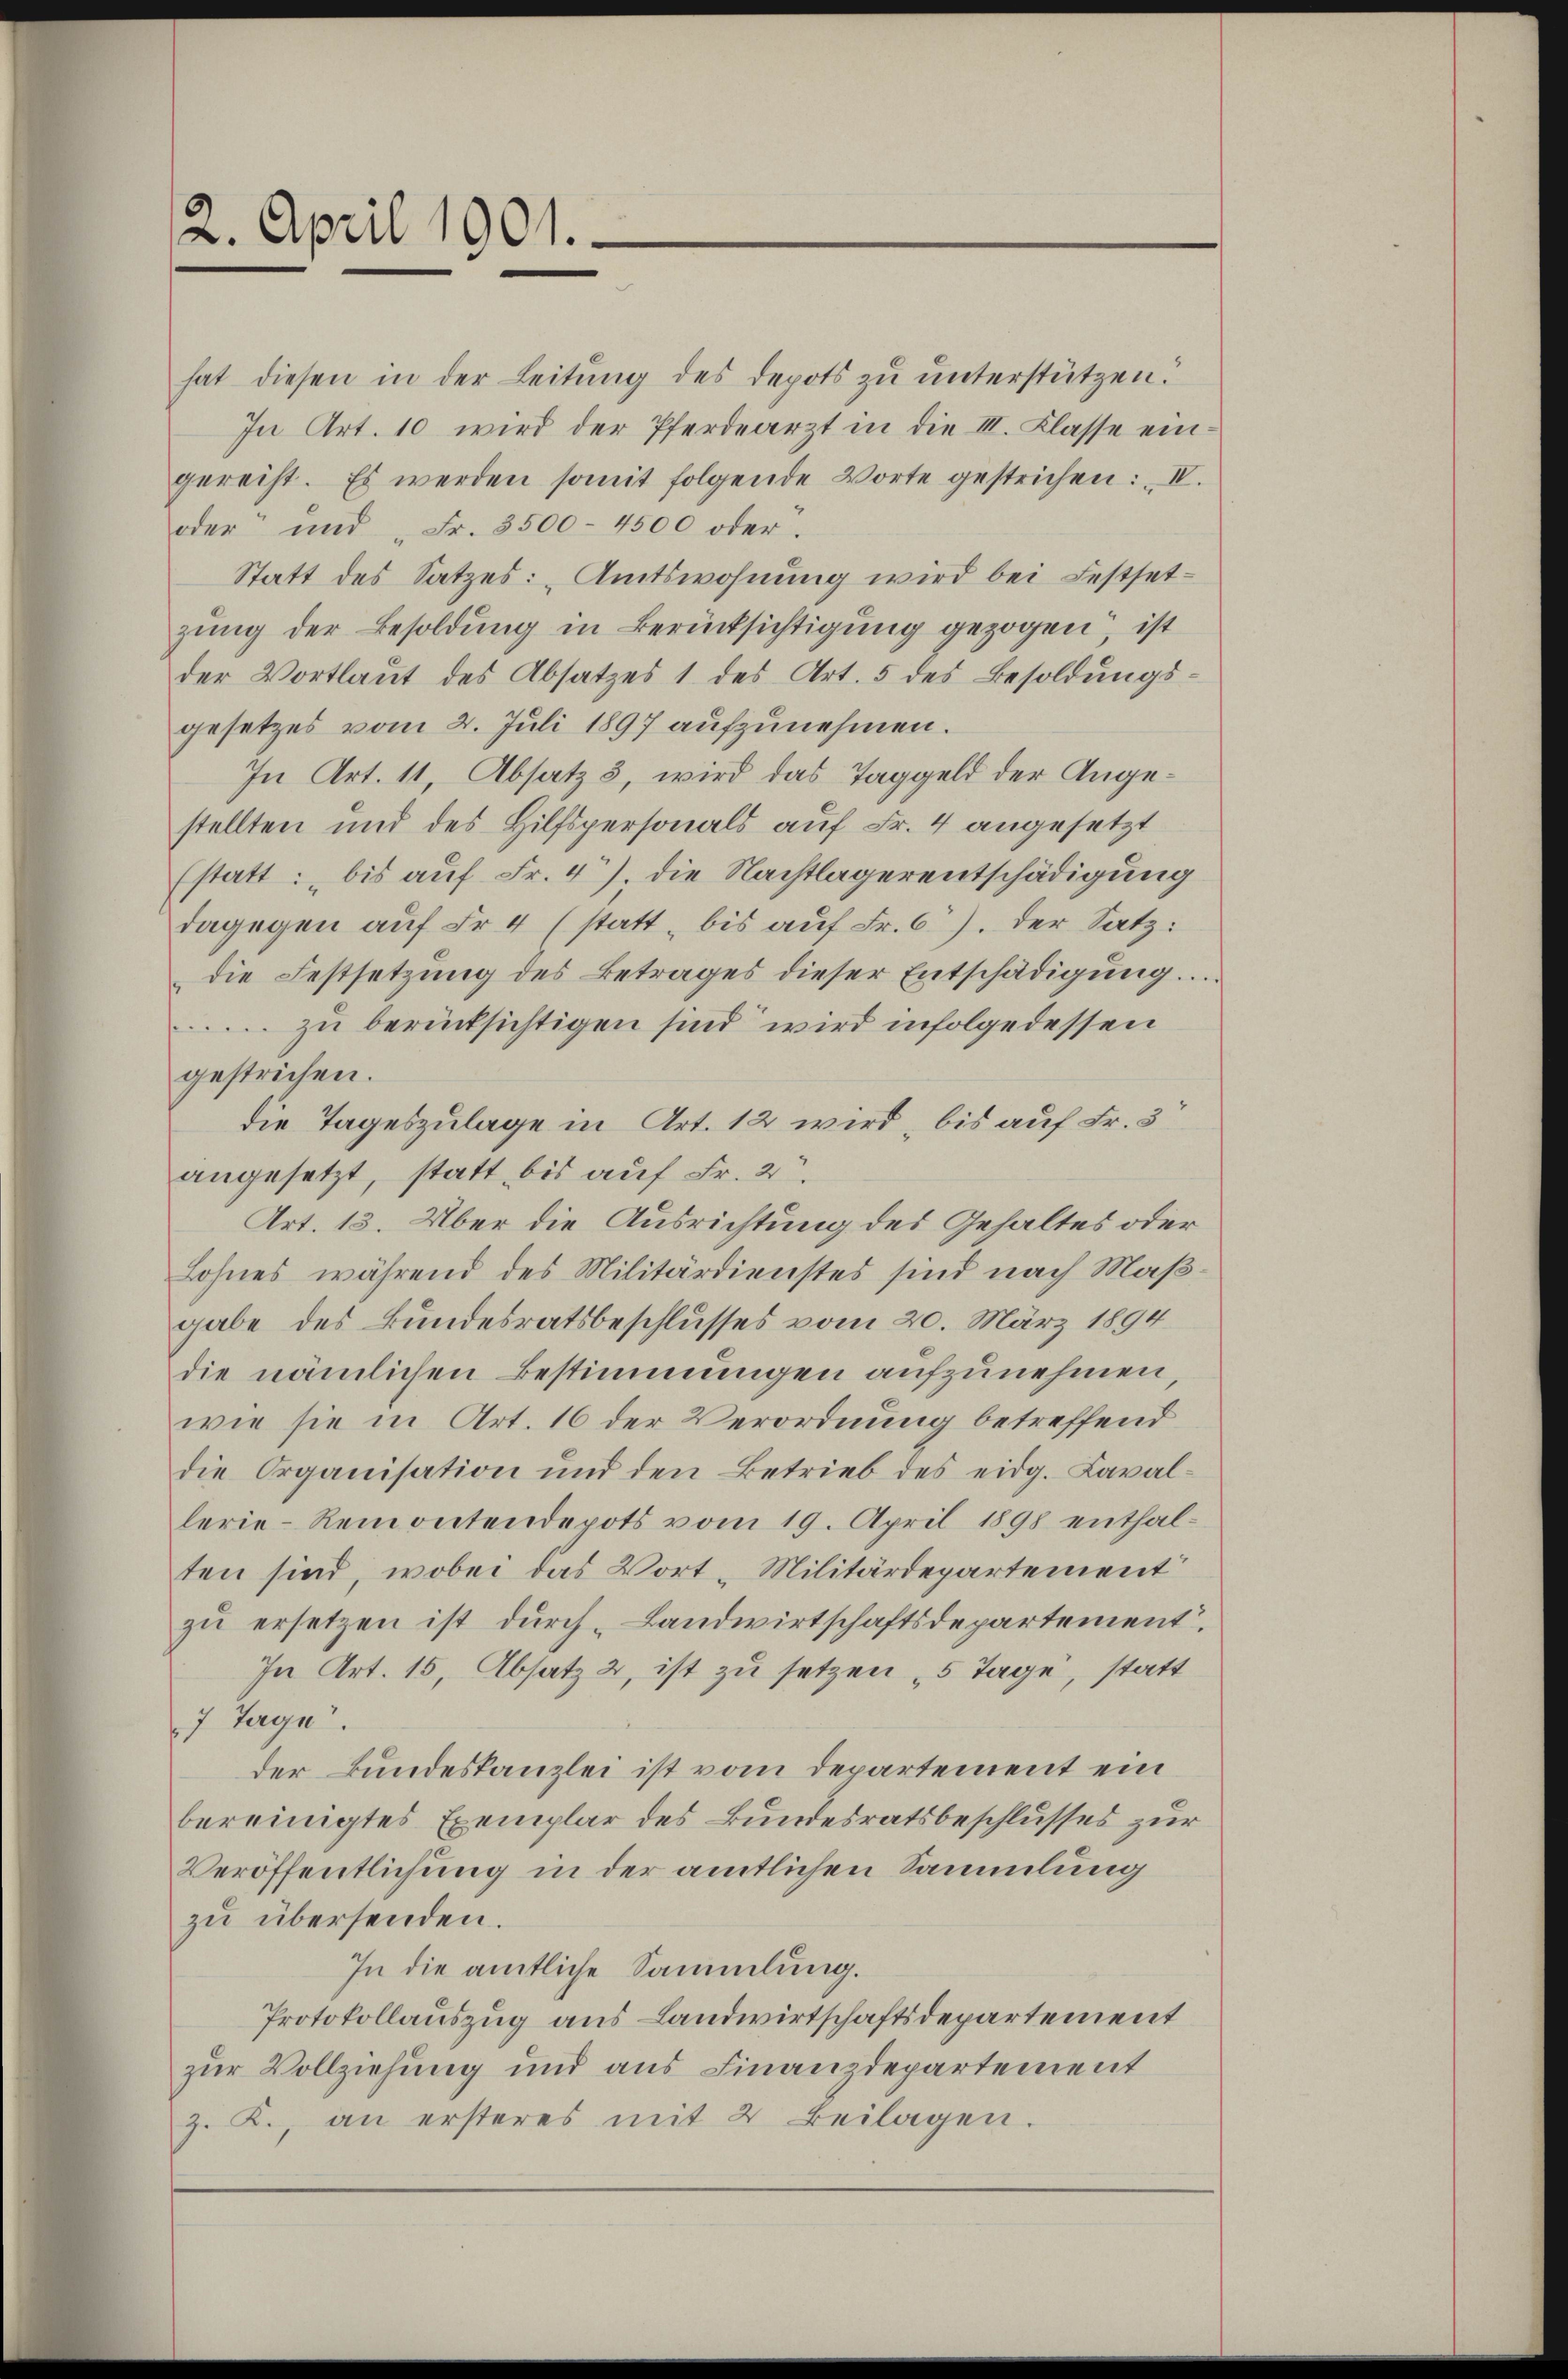
2. April 1901.

hat diesen in der Leitung des Depots zu unterstützen.
In Art. 10 wird der Pferdearzt in die III. Klasse eingereiht. Es werden somit folgende Worte gestrichen: „II.
oder und "Fr. 3500- 4500 oder.
Statt des Satzes: Amtswohnung wird bei Festsetzung der Besoldung in Berücksichtigung gezogen, ist
der Wortlaut des Absatzes 1 des Art. 5 des Besoldungsgesetzes vom 2. Juli 1897 aufzunehmen.
In Art. 11, Absatz 3, wird das Taggeld der Angestellten und des Hilfspersonals auf Fr. 4 angesetzt
(statt: bis auf Fr. 4. die Nachtlagerentschädigung
dagegen auf Fr. 4 (statt, bis auf Fr. 6. der Satz:
die Festsetzŭng des Betrages dieser Entschädigŭng.
zu berücksichtigen sind wird infolgedessen
gestrichen.
die Tageszulage in Art. 12 wird, bis auf Fr. 3
angesetzt, statt bis auf Fr. 2.
Art. 13. Über die Ausrichtung des Gehaltes oder
Lohnes während des Militärdienstes sind nach Maßgabe des Bundesratsbeschlusses vom 20. März 1894
die nämlichen Bestimmungen aufzunehmen,
wie sie in Art. 16 der Verordnung betreffend
die Organisation und den Betrieb des eidg. Cavallerie-Remontendepots vom 19. April 1898 enthalten sind, wobei das Wort-Militärdepartement
zu ersetzen ist durch Landwirtschaftsdepartement.
In Art. 15, Absatz 2, ist zu setzen 5 Tage, statt
7 Tage.
der Bundeskanzlei ist vom Departement ein
bereinigtes Exemplar des Bundesratsbeschlusses zur
Veröffentlichung in der amtlichen Sammlung
zu übersenden.
In die amtliche Sammlung.
Protokollauszug aus Landwirtschaftsdepartement
zur Vollziehung und aus Finanzdepartement
z. K., an ersteres mit 2 beilagen.